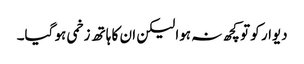
دیوار کو تو کچھ نہ ہوا لیکن ان کا ہاتھ زخمی ہو گیا۔